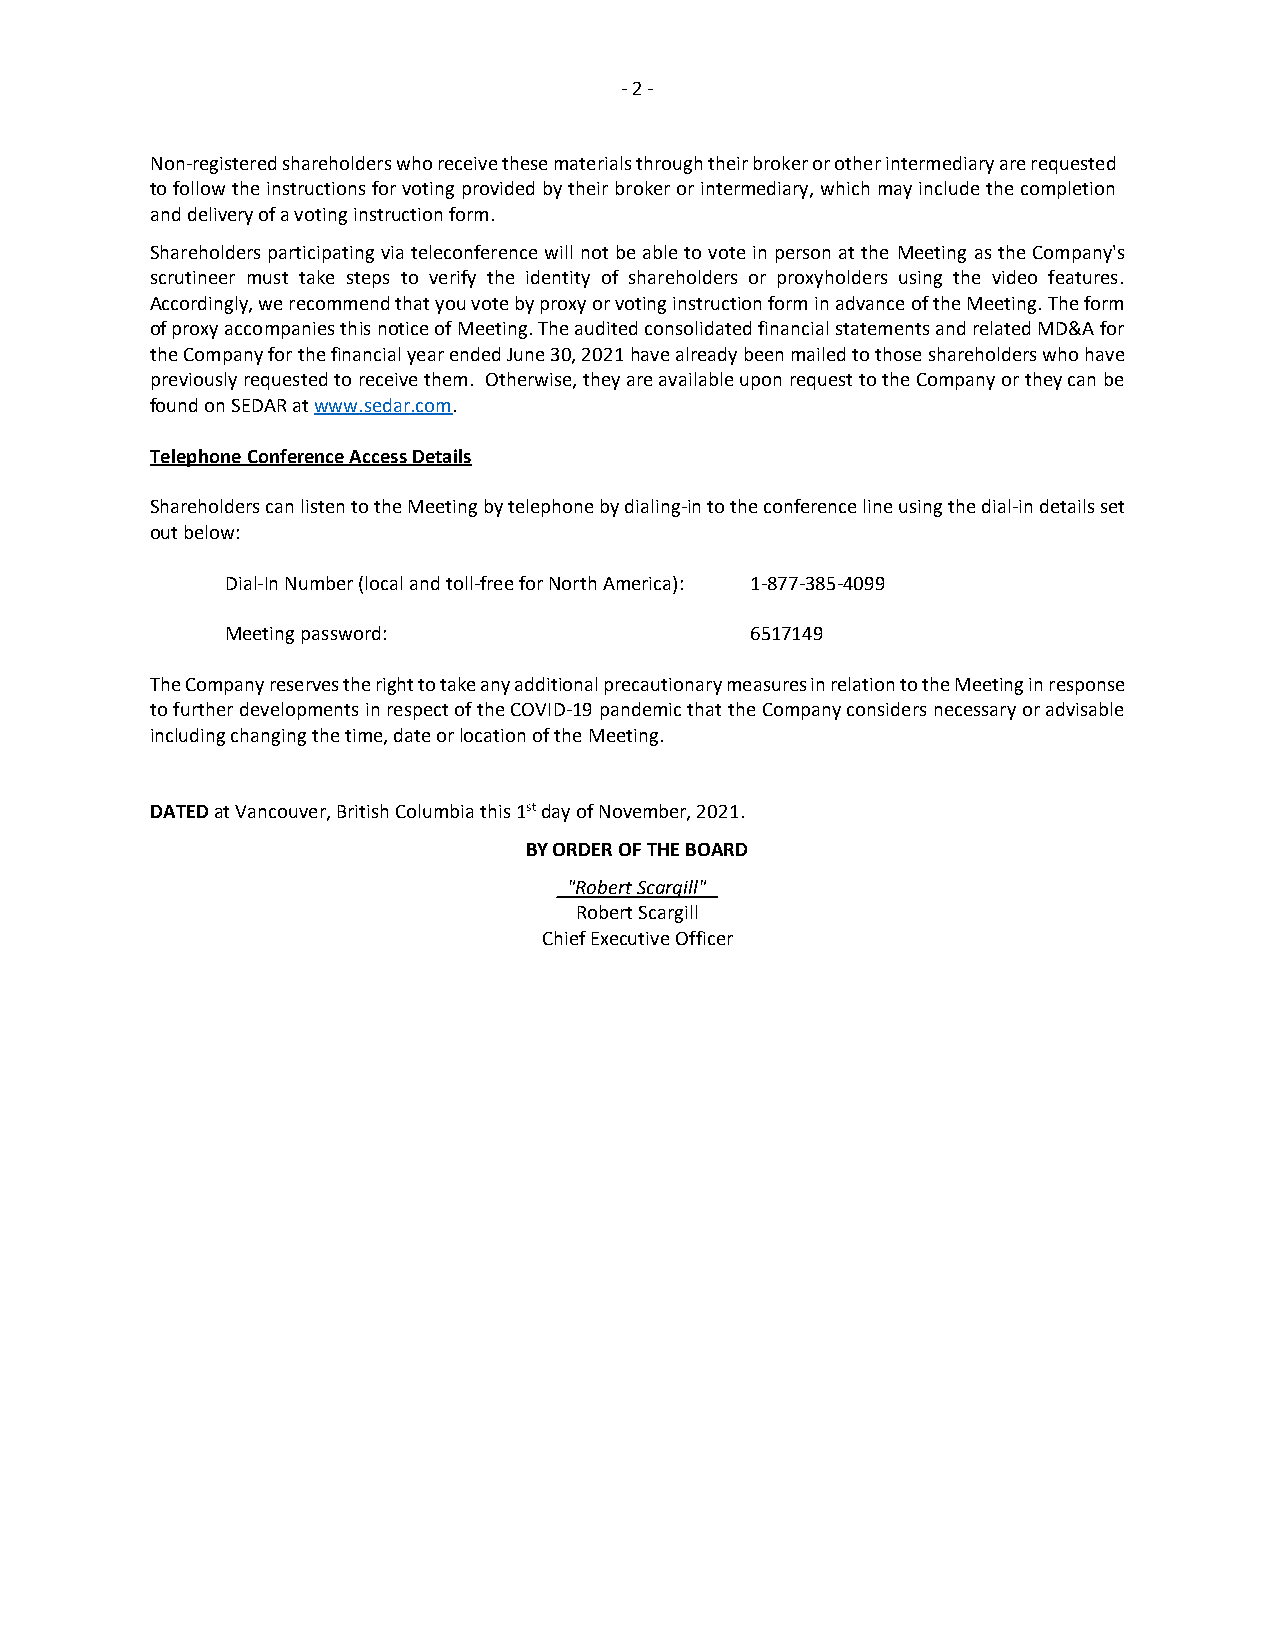
- 2 -
 Non-registered shareholders who receive these materials through their broker or other intermediary are requested
 to follow the instructions for voting provided by their broker or intermediary, which may include the completion
 and delivery of a voting instruction form.
 Shareholders participating via teleconference will not be able to vote in person at the Meeting as the Company's
 scrutineer must take steps to verify the identity of shareholders or proxyholders using the video features.
 Accordingly, we recommend that you vote by proxy or voting instruction form in advance of the Meeting. The form
 of proxy accompanies this notice of Meeting. The audited consolidated financial statements and related MD&A for
 the Company for the financial year ended June 30, 2021 have already been mailed to those shareholders who have
 previously requested to receive them. Otherwise, they are available upon request to the Company or they can be
 found on SEDAR at www.sedar.com.
 Telephone Conference Access Details
 Shareholders can listen to the Meeting by telephone by dialing-in to the conference line using the dial-in details set
 out below:
 Dial-In Number (local and toll-free for North America): 1-877-385-4099
 Meeting password:                  6517149
 The Company reserves the right to take any additional precautionary measures in relation to the Meeting in response
 to further developments in respect of the COVID-19 pandemic that the Company considers necessary or advisable
 including changing the time, date or location of the Meeting.
 DATED at Vancouver, British Columbia this 1st day of November, 2021.
 BY ORDER OF THE BOARD
 _"Robert Scargill"_
 Robert Scargill
 Chief Executive Officer